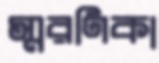
স্মরণিকা